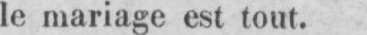
le mariage est tout.